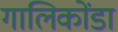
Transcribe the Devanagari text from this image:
गालिकोंडा